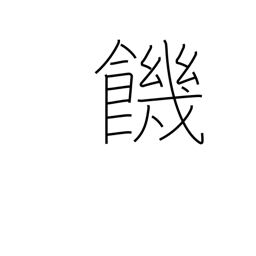
Meaning: thirst